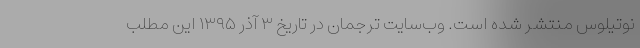
نوتیلوس منتشر شده است. وب‌سایت ترجمان در تاریخ ۳ آذر ۱۳۹۵ این مطلب